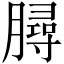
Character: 𣎟